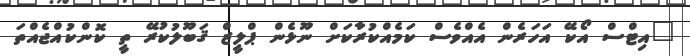
"އިޓްސް އޯކޭ އަހަރެން އެއްވެސް ކަމެއްކުރާކަށް ނޫޅެން ޕްލީޒް ޤަބޫލުކުރޭ ތީ ކޮންކުއްޖެއްތަ